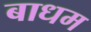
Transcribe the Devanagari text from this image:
बाधम